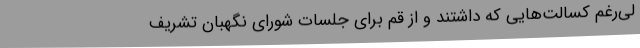
لی‌رغم کسالت‌هایی که داشتند و از قم برای جلسات شورای نگهبان تشریف